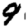
Digit: 9